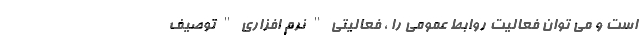
است و می توان فعالیت روابط عمومی را ، فعالیتی " نرم افزاری " توصیف